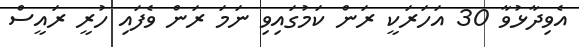
އެވިދާޅުވާ 30 އަހަރަކީ ރަން ކަމުގައިވި ނަމަ ރަން ވެފައި ހުރީ ރައީސް